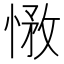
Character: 𢝽